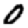
Digit: 0